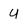
Character: u